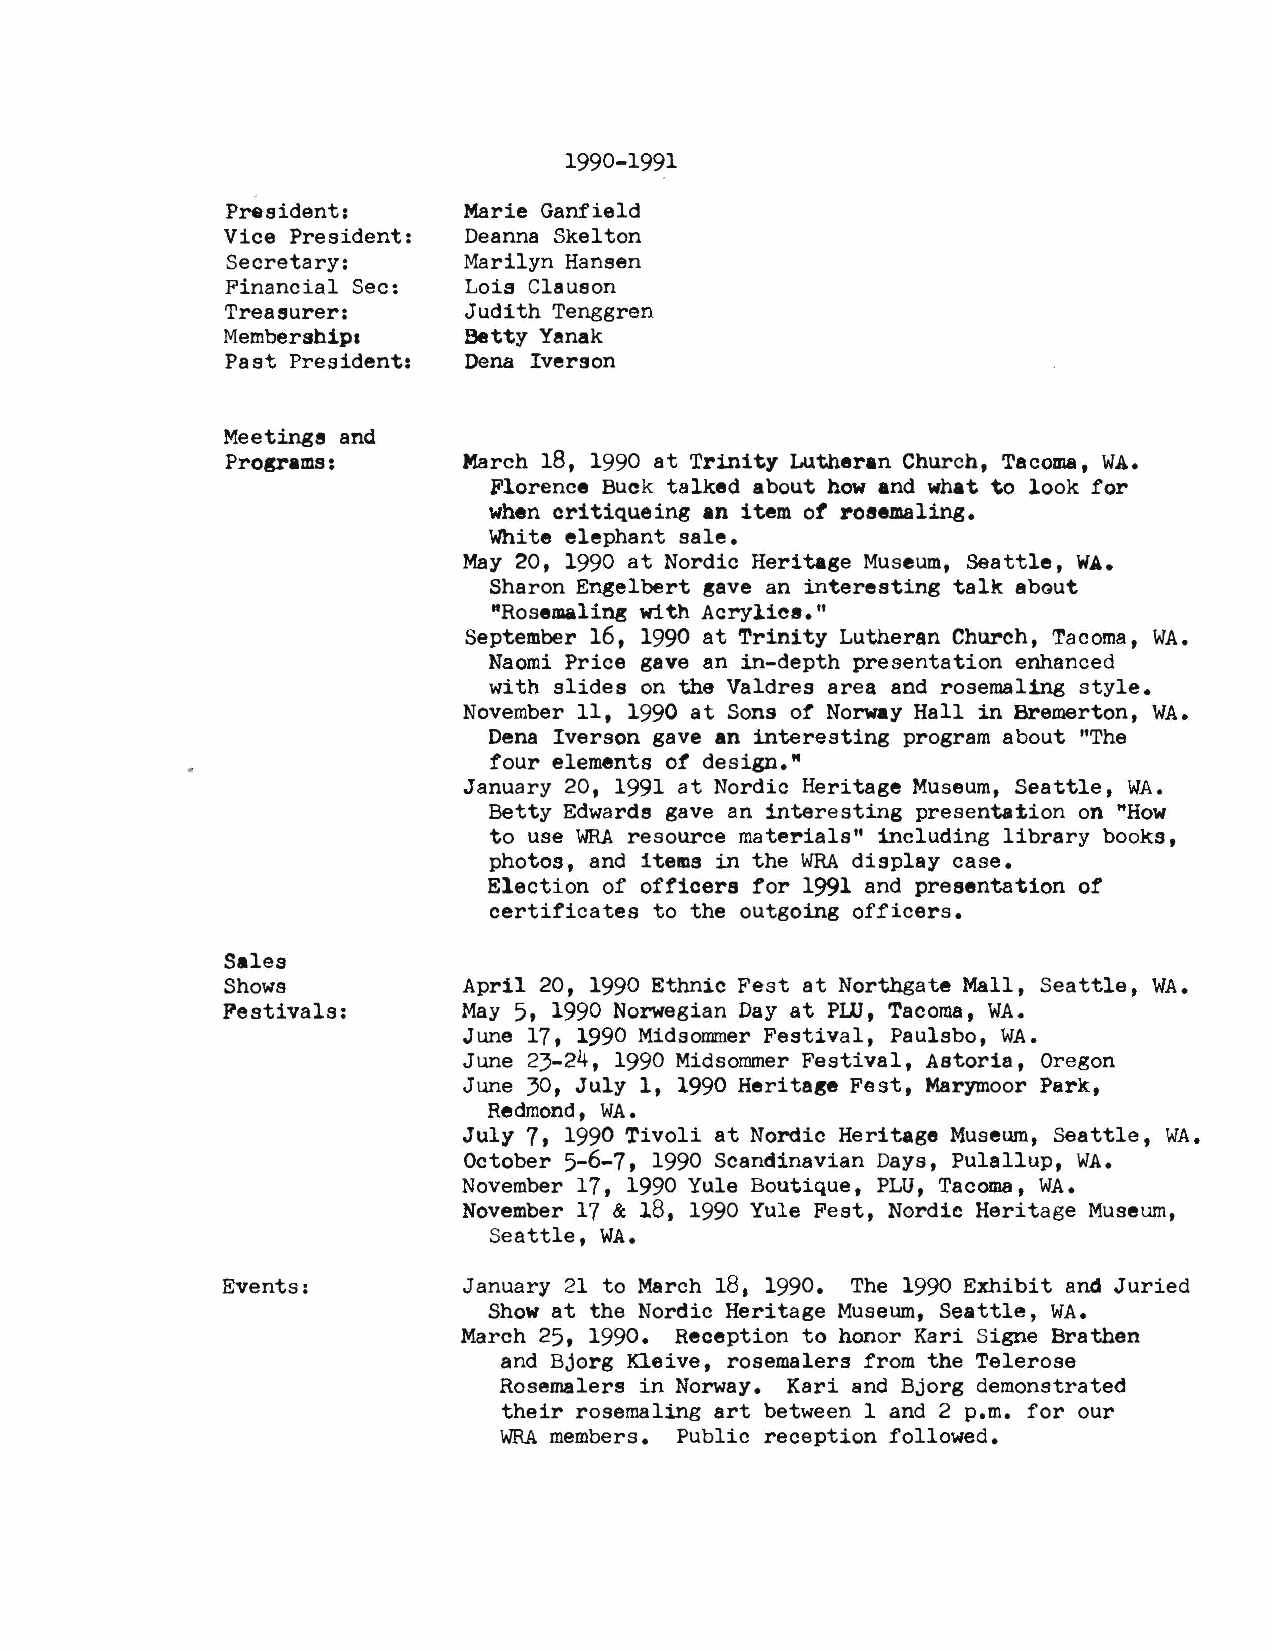
1990-1991
 President:      Marie Ganfield
 Vice President: Deanna Skelton
 Secretary:      Marilyn Hansen
 Financial Sec:  Lois Clauson
 Treasurer:      Judith Tenggren
 Membership,     Betty Yimak
 Past President: Dena Iverson
 Meetings and
 Programs:       March 18, 1990 at Trinity Lutheran Church, Tacoma, WA.
 Florence Buck talked about how and what to look for
 when critiqueing an item ot rosemaling.
 White elephant sale.
 May 20, 1990 at Nordic Heritage Museum, Seattle, WA.
 Sharon Engelbert gave an interesting talk about
 "Rosemaling with Acrylics."
 September 16, 1990 at Trinity Lutheran Church, Tacoma, WA.
 Naomi Price gave an in-depth presentation enhanced
 with slides on the Valdres area and rosemaling style.
 November 11, 1990 at Sons of Norway Hall in Bremerton, WA.
 Dena Iverson gave an interesting program about "The
 four elements of design."
 January 20, 1991 at Nordic Heritage Museum, Seattle, WA.
 Betty Edwards gave an interesting presentation on "How
 to use WRAr esource materials" including library books,
 photos, and items in the WRAd isplay case.
 Election of officers for 1991 and presentation of
 certificates to the outgoing officers.
 Sales
 Shows           April 20, 1990 Ethnic Fest at Northgate Mall, Seattle, WA.
 Festivals:      May 5, 1990 Norwegian Day at Pill, Tacoma, WA.
 June 17, 1990 Midsommer Festival, Paulsbo, WA.
 June 23-24, 1990 Midsornmer Festival, Astoria, Oregon
 June 30, July 1, 1990 Heritage Fest, Marymoor Park,
 Redmond, WA.
 July 7, 1990 Tivoli at Nordic Heritage Museum, Seattle, WA.
 October 5-6-7, 1990 Scandinavian Days, Pulallup, WA.
 November 17, 1990 Yule Boutique, PLU, Tacoma, WA.
 November 17 & 18, 1990 Yule Fest, Nordic Heritage Museum,
 Seattle, WA.
 Events:         January 21 to March 18, 1990. The 1990 Exhibit and Juried
 Show at the Nordic Heritage Museum, Seattle, WA.
 March 25, 1990. Reception to honor Kari Signe Brathen
 and Bjorg Kleive, rosemalers from the Telerose
 Rosemalers in Norway. Kari and Bjorg demonstrated
 their rosemaling art between 1 and 2 p.m. for our
 WRAm embers. Public reception followed.